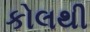
કોલથી